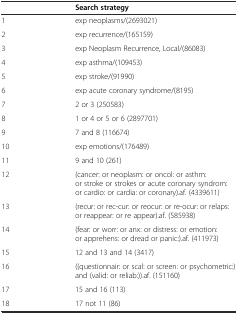
<table><thead><tr><td></td><td><b>Search strategy</b></td></tr></thead><tbody><tr><td>1</td><td>exp neoplasms/(2693021)</td></tr><tr><td>2</td><td>exp recurrence/(165159)</td></tr><tr><td>3</td><td>exp Neoplasm Recurrence, Local/(86083)</td></tr><tr><td>4</td><td>exp asthma/(109453)</td></tr><tr><td>5</td><td>exp stroke/(91990)</td></tr><tr><td>6</td><td>exp acute coronary syndrome/(8195)</td></tr><tr><td>7</td><td>2 or 3 (250583)</td></tr><tr><td>8</td><td>1 or 4 or 5 or 6 (2897701)</td></tr><tr><td>9</td><td>7 and 8 (116674)</td></tr><tr><td>10</td><td>exp emotions/(176489)</td></tr><tr><td>11</td><td>9 and 10 (261)</td></tr><tr><td>12</td><td>(cancer: or neoplasm: or oncol: or asthm: or stroke or strokes or acute coronary syndrom: or cardio: or cardia: or coronary).af. (4339611)</td></tr><tr><td>13</td><td>(recur: or rec-cur: or reocur: or re-ocur: or relaps: or reappear: or re appear).af. (585938)</td></tr><tr><td>14</td><td>(fear: or worr: or anx: or distress: or emotion: or apprehens: or dread or panic:).af. (411973)</td></tr><tr><td>15</td><td>12 and 13 and 14 (3417)</td></tr><tr><td>16</td><td>((questionnair: or scal: or screen: or psychometric:) and (valid: or reliab:)).af. (151160)</td></tr><tr><td>17</td><td>15 and 16 (113)</td></tr><tr><td>18</td><td>17 not 11 (86)</td></tr></tbody></table>